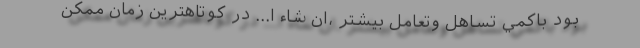
بود باكمي تساهل وتعامل بيشتر ،‌ان شاء ا... در كوتاهترين زمان ممكن